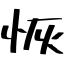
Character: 恢